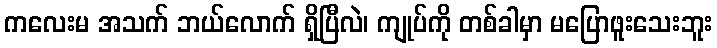
ကလေးမ အသက် ဘယ်လောက် ရှိပြီလဲ၊ ကျုပ်ကို တစ်ခါမှာ မပြောဖူးသေးဘူး